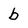
Character: b